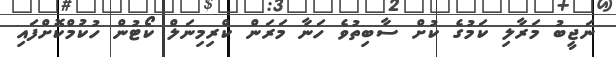
ނަޖީބު މަރާލި ކަމުގެ ކުށް ސާބިތުވެ ހަނާ މަރަން ކްރިމިނަލް ކޯޓުން ހުކުމްކޮށްފައި